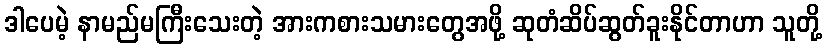
ဒါပေမဲ့ နာမည်မကြီးသေးတဲ့ အားကစားသမားတွေအဖို့ ဆုတံဆိပ်ဆွတ်ခူးနိုင်တာဟာ သူတို့